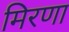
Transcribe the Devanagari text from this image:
मिरणा